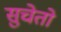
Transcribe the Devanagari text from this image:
सुचेतो